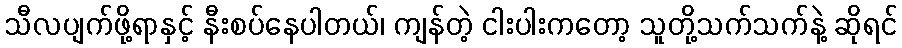
သီလပျက်ဖို့ရာနှင့် နီးစပ်နေပါတယ်၊ ကျန်တဲ့ ငါးပါးကတော့ သူတို့သက်သက်နဲ့ ဆိုရင်